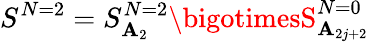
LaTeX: S^{N=2}=S_{\mathbf{A}_{2}}^{N=2}\bigotimesS_{\mathbf{A}_{2j+2}}^{N=0}